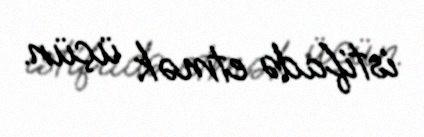
istifadə etmək üçün.